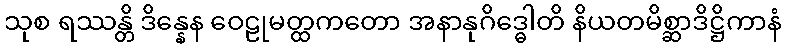
သုစ ရဿန္တိ ဒိန္နေန ဝေဠုမတ္ထကတော အနာနုဂိဒ္ဓေါတိ နိယတမိစ္ဆာဒိဋ္ဌိကာနံ